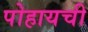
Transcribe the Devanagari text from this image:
पोहायची